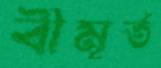
বীমূর্ত